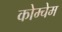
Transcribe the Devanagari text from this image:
कोम्चेम